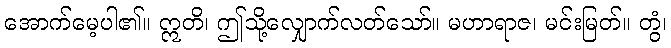
အောက်မေ့ပါ၏။ ဣတိ၊ ဤသို့လျှောက်လတ်သော်။ မဟာရာဇ၊ မင်းမြတ်။ တွံ၊